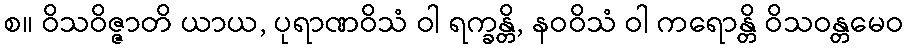
စ။ ဝိသဝိဇ္ဇာတိ ယာယ, ပုရာဏဝိသံ ဝါ ရက္ခန္တိ, နဝဝိသံ ဝါ ကရောန္တိ ဝိသဝန္တမေဝ